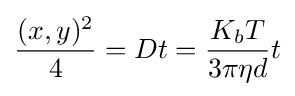
{(x,y)^{2} \over 4}=Dt={K_{b}T \over 3\pi \eta d}t